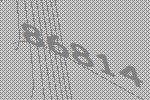
86814